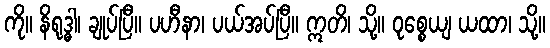
ကို။ နိရုဒ္ဓါ၊ ချုပ်ပြီ။ ပဟီနာ၊ ပယ်အပ်ပြီ။ ဣတိ၊ သို့။ ဝုစ္စေယျ ယထာ၊ သို့။